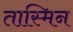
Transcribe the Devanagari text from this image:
तास्मिन